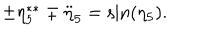
\pm \eta _ { 5 } ^ { \ast \ast } \mp \ddot { \eta } _ { 5 } = \sin ( \eta _ { 5 } ) .